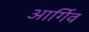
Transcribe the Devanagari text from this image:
आर्गिव